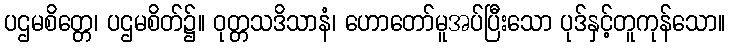
ပဌမစိတ္တေ၊ ပဌမစိတ်၌။ ဝုတ္တသဒိသာနံ၊ ဟောတော်မူအပ်ပြီးသော ပုဒ်နှင့်တူကုန်သော။